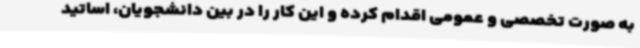
به صورت تخصصی و عمومی اقدام کرده و این کار را در بین دانشجویان، اساتید